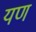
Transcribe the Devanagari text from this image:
यण